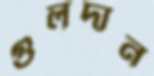
গুলদান